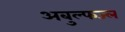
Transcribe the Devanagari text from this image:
अबुल्फज्ल